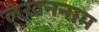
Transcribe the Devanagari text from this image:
लेखननाम